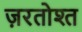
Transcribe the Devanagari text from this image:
ज़रतोश्त